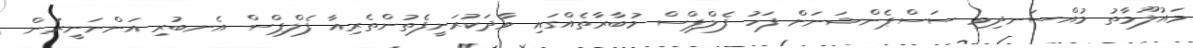
މައުލޫމާތު މުއްސަނދިވި ސަސްޕެންޝަނަށް ފަހު ފެލްޕްސް މުބާރާތެއްގައި ވާދަކުރަނީފެތުންތެރިއާ ފެލްޕްސް އެނބުރި އަންނަނީރަން